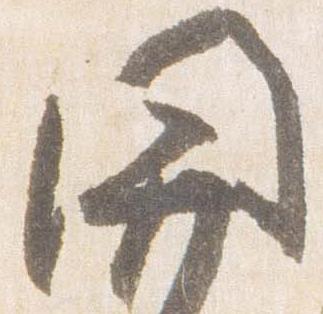
関